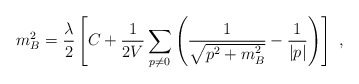
\begin{align*}m_B ^2= {\lambda\over 2} \left[ C + {1 \over {2V}} \sum_{p \neq 0}\left( \frac{1}{\sqrt{{p}^2 + m_B ^2}} - \frac{1}{|p|}\right) \right]~,\end{align*}